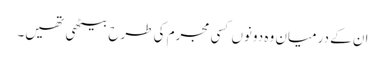
ان کے درمیان وہ دونوں کسی مجرم کی طرح بیٹھی تھیں۔